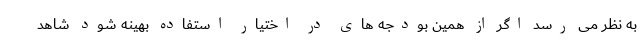
به نظر می رسد اگر از همین بودجه های در اختیار استفاده بهینه شود شاهد